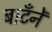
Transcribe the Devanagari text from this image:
बाटँनेँ